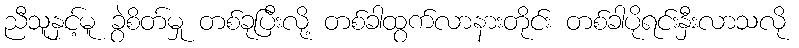
ညီသူနှင့်မူ ခွဲစိတ်မှု တစ်ခုပြီးလို့ တစ်ခါထွက်လာနားတိုင်း တစ်ခါပိုရင်းနှီးလာသလို